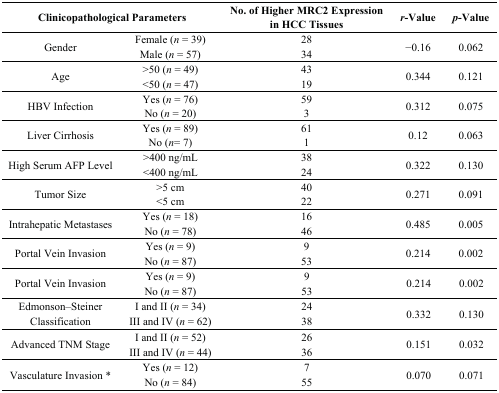
<table><thead><tr><td colspan="2"><b>Clinicopathological Parameters</b></td><td><b>No. of Higher MRC2 Expression in HCC Tissues</b></td><td><b><i>r</i>-Value</b></td><td><b><i>p</i>-Value</b></td></tr></thead><tbody><tr><td rowspan="2">Gender</td><td>Female (<i>n</i> = 39)</td><td>28</td><td rowspan="2">−0.16</td><td rowspan="2">0.062</td></tr><tr><td>Male (<i>n</i> = 57)</td><td>34</td></tr><tr><td rowspan="2">Age</td><td>&gt;50 (<i>n</i> = 49)</td><td>43</td><td rowspan="2">0.344</td><td rowspan="2">0.121</td></tr><tr><td>&lt;50 (<i>n</i> = 47)</td><td>19</td></tr><tr><td rowspan="2">HBV Infection</td><td>Yes (<i>n</i> = 76)</td><td>59</td><td rowspan="2">0.312</td><td rowspan="2">0.075</td></tr><tr><td>No (<i>n</i> = 20)</td><td>3</td></tr><tr><td rowspan="2">Liver Cirrhosis</td><td>Yes (<i>n</i> = 89)</td><td>61</td><td rowspan="2">0.12</td><td rowspan="2">0.063</td></tr><tr><td>No (<i>n</i> = 7)</td><td>1</td></tr><tr><td rowspan="2">High Serum AFP Level</td><td>&gt;400 ng/mL</td><td>38</td><td rowspan="2">0.322</td><td rowspan="2">0.130</td></tr><tr><td>&lt;400 ng/mL</td><td>24</td></tr><tr><td rowspan="2">Tumor Size</td><td>&gt;5 cm</td><td>40</td><td rowspan="2">0.271</td><td rowspan="2">0.091</td></tr><tr><td>&lt;5 cm</td><td>22</td></tr><tr><td rowspan="2">Intrahepatic Metastases</td><td>Yes (<i>n</i> = 18)</td><td>16</td><td rowspan="2">0.485</td><td rowspan="2">0.005</td></tr><tr><td>No (<i>n</i> = 78)</td><td>46</td></tr><tr><td rowspan="2">Portal Vein Invasion</td><td>Yes (<i>n</i> = 9)</td><td>9</td><td rowspan="2">0.214</td><td rowspan="2">0.002</td></tr><tr><td>No (<i>n</i> = 87)</td><td>53</td></tr><tr><td rowspan="2">Portal Vein Invasion</td><td>Yes (<i>n</i> = 9)</td><td>9</td><td rowspan="2">0.214</td><td rowspan="2">0.002</td></tr><tr><td>No (<i>n</i> = 87)</td><td>53</td></tr><tr><td rowspan="2">Edmonson–Steiner Classification</td><td>I and II (<i>n</i> = 34)</td><td>24</td><td rowspan="2">0.332</td><td rowspan="2">0.130</td></tr><tr><td>III and IV (<i>n</i> = 62)</td><td>38</td></tr><tr><td rowspan="2">Advanced TNM Stage</td><td>I and II (<i>n</i> = 52)</td><td>26</td><td rowspan="2">0.151</td><td rowspan="2">0.032</td></tr><tr><td>III and IV (<i>n</i> = 44)</td><td>36</td></tr><tr><td rowspan="2">Vasculature Invasion *</td><td>Yes (<i>n</i> = 12)</td><td>7</td><td rowspan="2">0.070</td><td rowspan="2">0.071</td></tr><tr><td>No (<i>n</i> = 84)</td><td>55</td></tr></tbody></table>